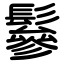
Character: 鬖